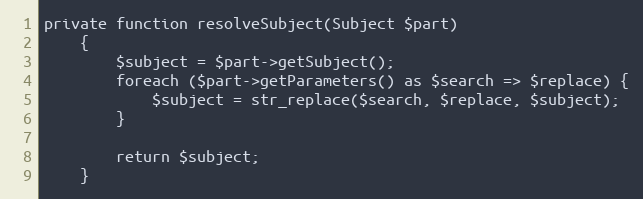
Language: PHP
private function resolveSubject(Subject $part)
    {
        $subject = $part->getSubject();
        foreach ($part->getParameters() as $search => $replace) {
            $subject = str_replace($search, $replace, $subject);
        }

        return $subject;
    }